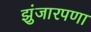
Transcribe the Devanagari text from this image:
झुंजारपणा